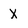
Character: X